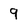
Character: 9